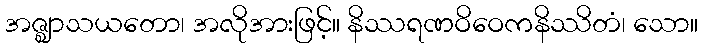
အဇ္ဈာသယတော၊ အလိုအားဖြင့်။ နိဿရဏဝိဝေကနိဿိတံ၊ သော။